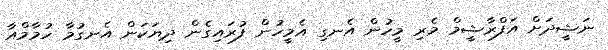
ނަޝީދަށް އަފްރާޝީމް މެރި މީހުން އެނގި އެމީހުން ފުރައިގެން ދިޔަކަން އެނގުމާ ހުމާމްއާ